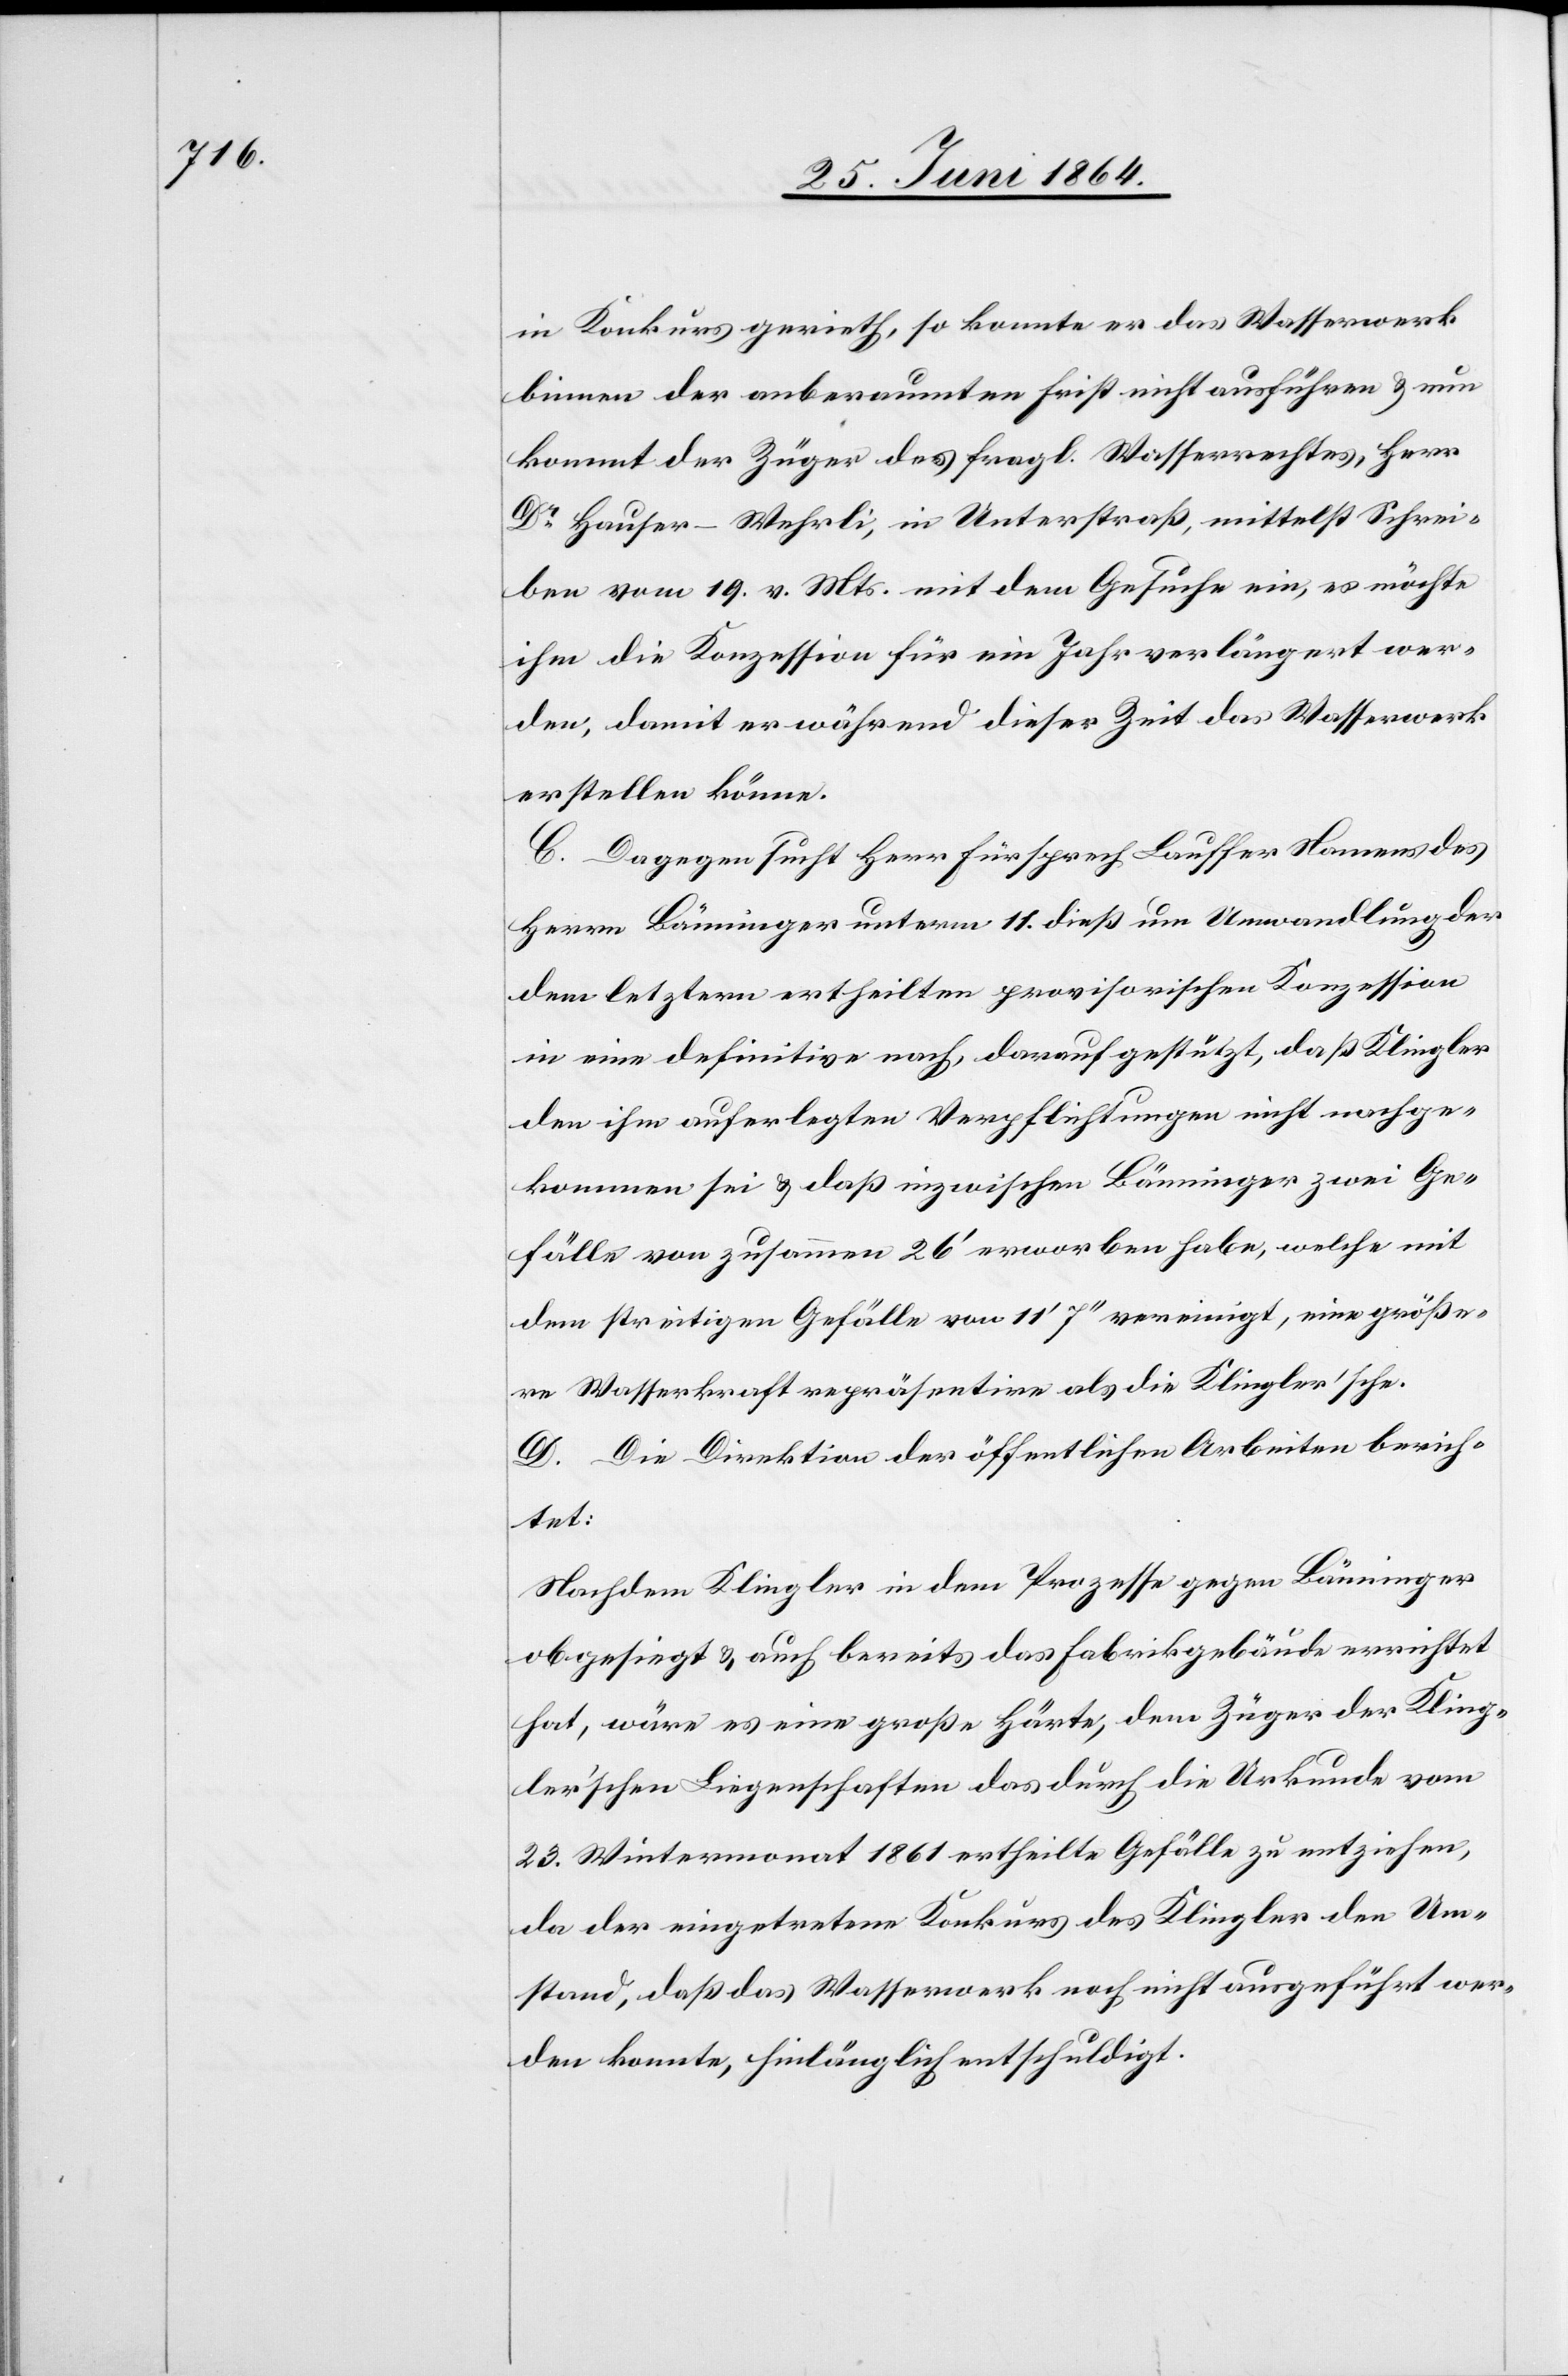
in Konkurs gerieth, so konnte er das Wasserwerk
binnen der anberaumten Frist nicht ausführen u. nun
kommt der Züger des fragl. Wasserrechtes, Herr
Dr Hauser-Wehrli, in Unterstraß, mittelst Schrei¬
ben vom 19. v. Mts. mit dem Gesuche ein, es möchte
ihm die Konzession für ein Jahr verlängert wer¬
den, damit er während dieser Zeit das Wasserwerk
erstellen könne.
C. Dagegen sucht Herr Fürsprech Lauffer Namens des
Herrn Bänninger unterm 11. dieß um Umwandlung der
dem letztern ertheilten provisorischen Konzession
in eine definitive nach, darauf gestützt, daß Klingler
den ihm auferlegten Verpflichtungen nicht nachge¬
kommen sei u. daß inzwischen Bänninger zwei Ge¬
fälle von zusammen 26’ erworben habe, welche mit
dem streitigen Gefälle von 11’ 7’’’ vereinigt, eine größe¬
re Wasserkraft repräsentire als die Klingler’sche.
D. Die Direktion der öffentlichen Arbeiten berich¬
tet:
Nachdem Klingler in dem Prozesse gegen Bänninger
obgesiegt u. auch bereits das Fabrikgebäude errichtet
hat, wäre es eine große Härte, dem Züger der Kling¬
ler’schen Liegenschaften das durch die Urkunde vom
23. Wintermonat 1861 ertheilte Gefälle zu entziehen,
da der eingetretene Konkurs des Klingler den Um¬
stand, daß das Wasserwerk noch nicht ausgeführt wer¬
den konnte, hinlänglich entschuldigt.